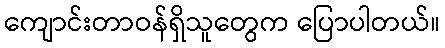
ကျောင်းတာဝန်ရှိသူတွေက ပြောပါတယ်။